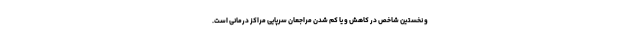
و نخستین شاخص در کاهش و یا کم شدن مراجعان سرپایی مراکز درمانی است.